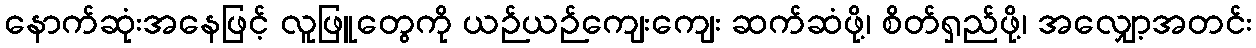
နောက်ဆုံးအနေဖြင့် လူဖြူတွေကို ယဉ်ယဉ်ကျေးကျေး ဆက်ဆံဖို့၊ စိတ်ရှည်ဖို့၊ အလျှော့အတင်း